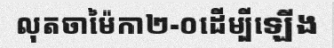
លុតចាម៉ៃកា២-០ដើម្បីឡើង